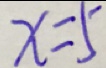
x = 5